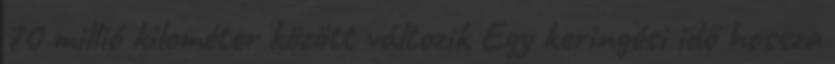
70 millió kilométer között változik Egy keringési idő hossza